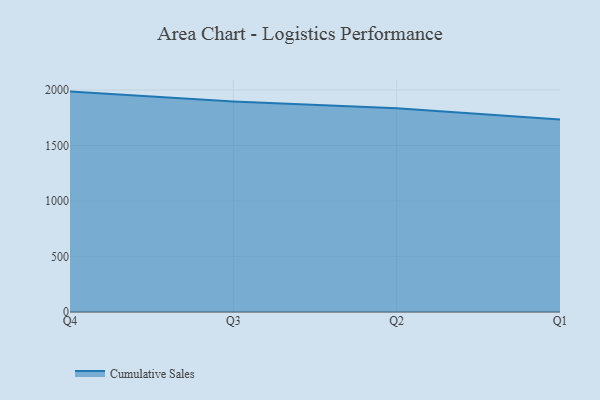
{"axis": {"x": "Quarter", "y": "Budget (USD K)"}, "legend": ["Cumulative Sales"], "data": [{"x": "Q4", "y": 1985.7, "type": "Cumulative Sales"}, {"x": "Q3", "y": 1897.5, "type": "Cumulative Sales"}, {"x": "Q2", "y": 1836.2, "type": "Cumulative Sales"}, {"x": "Q1", "y": 1734.7, "type": "Cumulative Sales"}]}